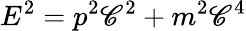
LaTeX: E^{2}=p^{2}\mathscr{C}^{2}+m^{2}\mathscr{C}^{4}